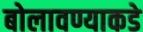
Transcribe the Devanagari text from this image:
बोलावण्याकडे